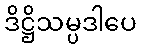
ဒိဋ္ဌိသမ္ပဒါပေ